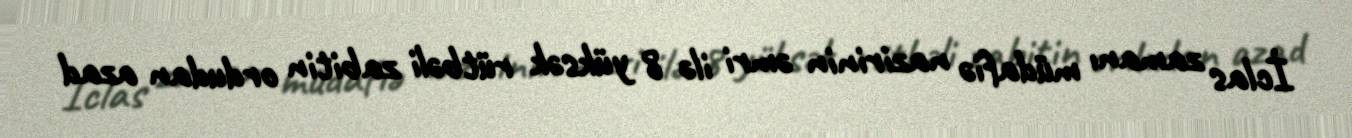
İclas zamanı müdafiə nazirinin əmri ilə 8 yüksək rütbəli zabitin ordudan azad